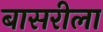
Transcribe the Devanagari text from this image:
बासरीला